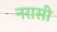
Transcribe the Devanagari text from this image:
नरासी